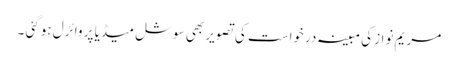
مریم نواز کی مبینہ درخواست کی تصویر بھی سوشل میڈیا پر وائرل ہوگئی ۔